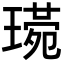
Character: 𤨰